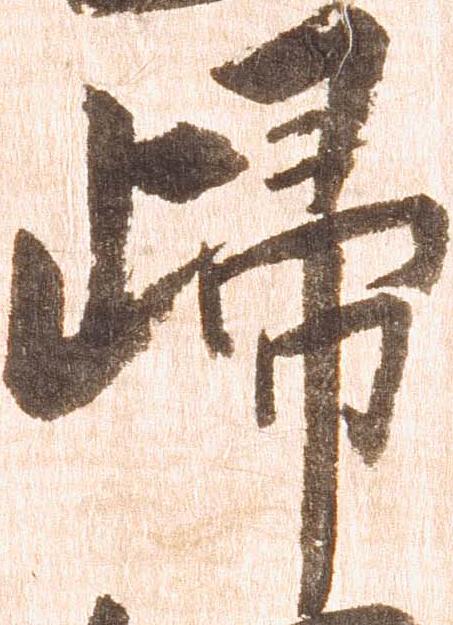
帰